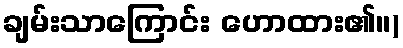
ချမ်းသာကြောင်း ဟောထား၏။)